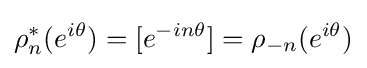
\rho _{n}^{*}(e^{i\theta })=[e^{-in\theta }]=\rho _{-n}(e^{i\theta })